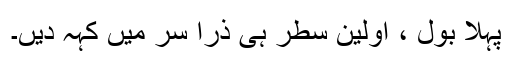
پہلا بول ، اوّلین سطر ہی ذرا سُر میں کہہ دیں۔